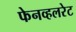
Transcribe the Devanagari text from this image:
फेनव्हलरेट